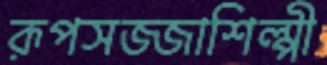
রূপসজ্জাশিল্পী